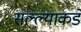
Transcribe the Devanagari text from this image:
सल्ल्याकडे